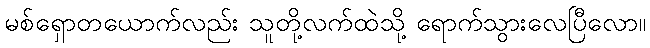
မစ်ရှောတယောက်လည်း သူတို့လက်ထဲသို့ ရောက်သွားလေပြီလော။